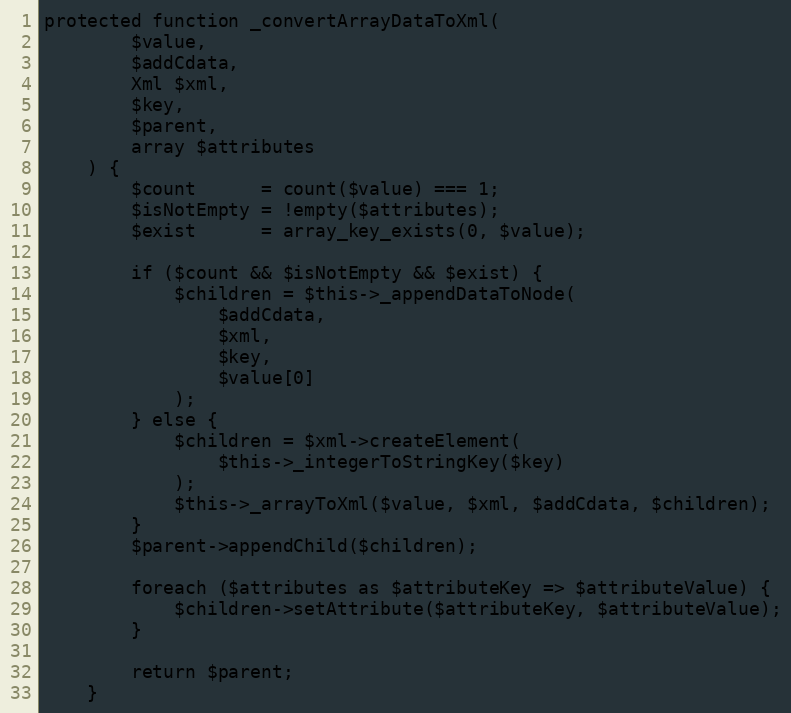
Language: PHP
protected function _convertArrayDataToXml(
        $value,
        $addCdata,
        Xml $xml,
        $key,
        $parent,
        array $attributes
    ) {
        $count      = count($value) === 1;
        $isNotEmpty = !empty($attributes);
        $exist      = array_key_exists(0, $value);

        if ($count && $isNotEmpty && $exist) {
            $children = $this->_appendDataToNode(
                $addCdata,
                $xml,
                $key,
                $value[0]
            );
        } else {
            $children = $xml->createElement(
                $this->_integerToStringKey($key)
            );
            $this->_arrayToXml($value, $xml, $addCdata, $children);
        }
        $parent->appendChild($children);

        foreach ($attributes as $attributeKey => $attributeValue) {
            $children->setAttribute($attributeKey, $attributeValue);
        }

        return $parent;
    }